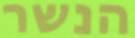
הנשר